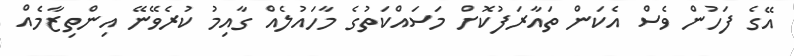
އޭގެ ފަހުން ވެސް އެކަން ތައާރަފުކޮށް މަސައްކަތުގެ މާހައުލެއް ގާއިމު ކުރެވޭނޭ އިންތިޒާމެއް